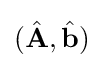
({\hat {\mathbf {A} }},{\hat {\mathbf {b} }})